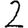
Digit: 2